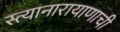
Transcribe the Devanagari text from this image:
स्त्यानारायाणाची